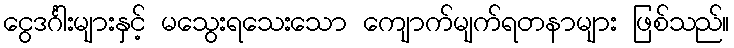
ငွေဒင်္ဂါးများနှင့် မသွေးရသေးသော ကျောက်မျက်ရတနာများ ဖြစ်သည်။